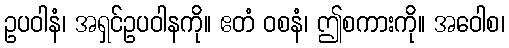
ဥပဝါနံ၊ အရှင်ဥပဝါနကို။ ဧတံ ဝစနံ၊ ဤစကားကို။ အဝေါစ၊